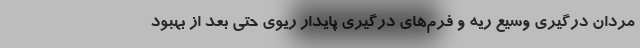
مردان درگیری وسیع ریه و فرم‌های درگیری پایدار ریوی حتی بعد از بهبود